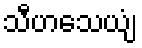
သီဟသေယျံ